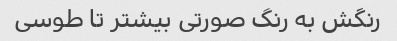
رنگش به رنگ صورتی بیشتر تا طوسی